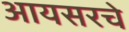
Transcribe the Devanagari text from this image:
आयसरचे